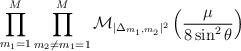
LaTeX: \begin{align*}\prod_{m_1=1}^{M}\prod_{m_2 \neq m_1 =1}^{M}\mathcal{M}_{|\Delta_{m_1, m_2}|^2}\left(\frac{\mu}{8\sin^2\theta}\right)\end{align*}